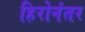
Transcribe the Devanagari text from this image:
हिरोनंतर